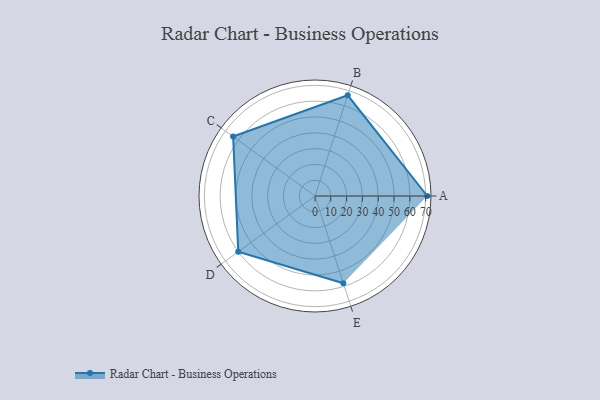
{"axis": {"x": "Skill", "y": "Score"}, "legend": ["Profile"], "data": [{"x": "A", "y": 71.0, "type": "Profile"}, {"x": "B", "y": 67.0, "type": "Profile"}, {"x": "C", "y": 64.0, "type": "Profile"}, {"x": "D", "y": 60.0, "type": "Profile"}, {"x": "E", "y": 58.0, "type": "Profile"}]}